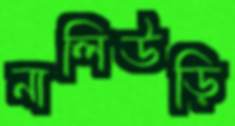
নালিউড়ি